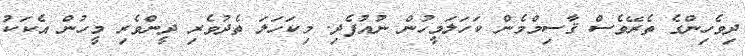
ދިވެހިންގެ ތެެރޭވެސް ޤާސިމްމެން ކަހަލަމީހުން ނުއުފެދި. މިކަހަލަ ތެދުވެރި ދީންވެރި މީހުން އެކަކު